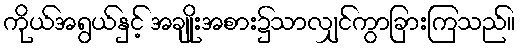
ကိုယ်အရွယ်နှင့် အချိုးအစား၌သာလျှင်ကွာခြားကြသည်။